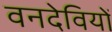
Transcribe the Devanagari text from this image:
वनदेवियों